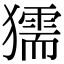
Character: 獳